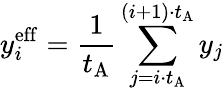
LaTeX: y_{i}^{\mathrm{eff}}=\frac{1}{t_{\mathrm{A}}}\sum_{j=i\cdot t_{\mathrm{A}}}^{(i+1)\cdot t_{\mathrm{A}}}y_{j}